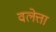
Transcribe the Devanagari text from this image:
वलेत्ता